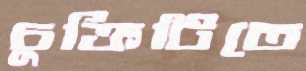
চুক্তিটিতে